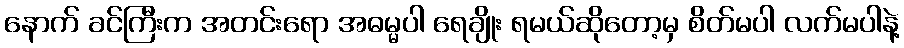
နောက် ခင်ကြီးက အတင်းရော အဓမ္မပါ ရေချိုး ရမယ်ဆိုတော့မှ စိတ်မပါ လက်မပါနဲ့